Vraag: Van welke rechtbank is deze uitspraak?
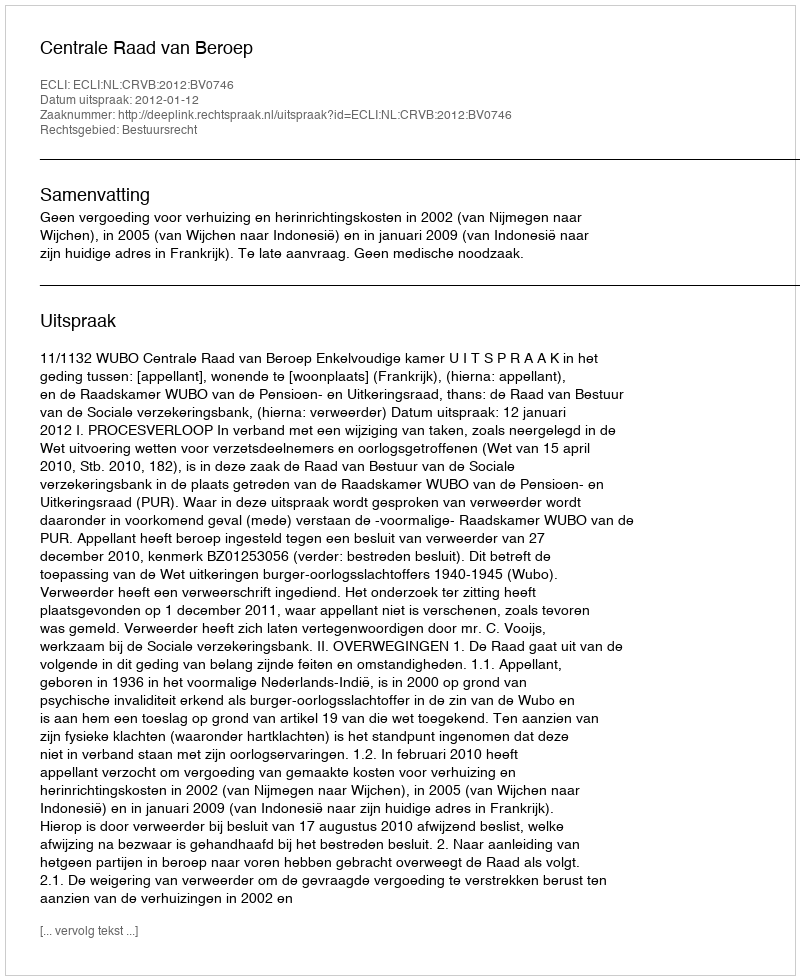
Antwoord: Centrale Raad van Beroep